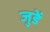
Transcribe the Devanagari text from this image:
जुडें